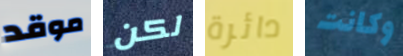
موقد لكن دائرة وكانت